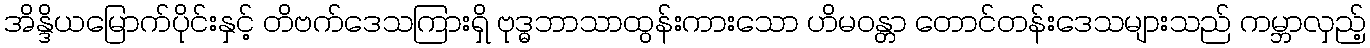
အိန္ဒိယမြောက်ပိုင်းနှင့် တိဗက်ဒေသကြားရှိ ဗုဒ္ဓဘာသာထွန်းကားသော ဟိမဝန္တာ တောင်တန်းဒေသများသည် ကမ္ဘာလှည့်